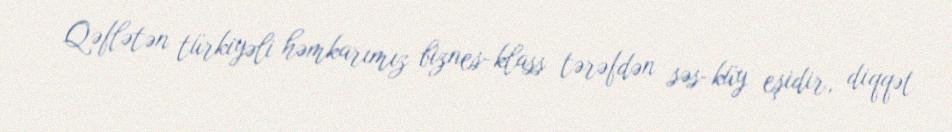
Qəflətən türkiyəli həmkarımız biznes-klass tərəfdən səs-küy eşidir, diqqət